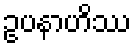
ဥပနာဟိဿ